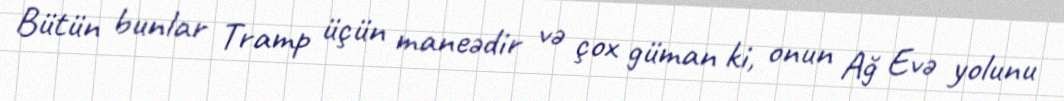
Bütün bunlar Tramp üçün maneədir və çox güman ki, onun Ağ Evə yolunu